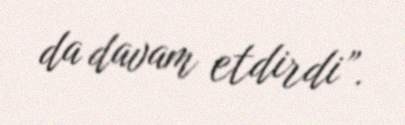
da davam etdirdi”.